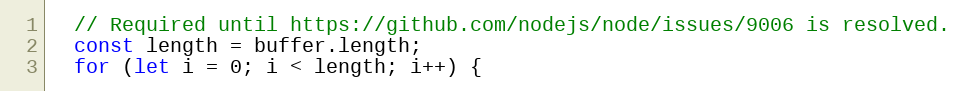
Language: JavaScript
  // Required until https://github.com/nodejs/node/issues/9006 is resolved.
  const length = buffer.length;
  for (let i = 0; i < length; i++) {